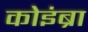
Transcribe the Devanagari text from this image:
कोइंब्रा